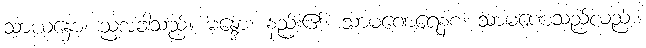
သာယနှော၊ ညအခါသည်။ မန္ဒော၊ နည်း၏။ သာမဏေရေနစ၊ သာမဏေသည်လည်း။